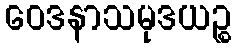
ဝေဒနာသမုဒယဉ္စ